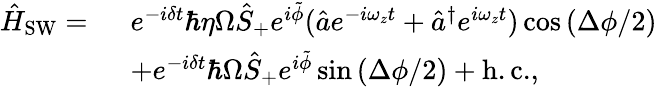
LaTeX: \begin{array}{rl}{\hat{H}_{\mathrm{SW}}=\ }&{e^{-i\delta t}\hbar\eta\Omega\hat{S}_{+}e^{i\tilde{\phi}}(\hat{a}e^{-i\omega_{z}t}+\hat{a}^{\dagger}e^{i\omega_{z}t})\cos\left(\Delta\phi/2\right)}\\ &{+e^{-i\delta t}\hbar\Omega\hat{S}_{+}e^{i\tilde{\phi}}\sin\left(\Delta\phi/2\right)+\mathrm{h.c.},}\end{array}